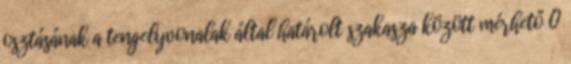
osztásának a tengelyvonalak által határolt szakasza között mérhető 0